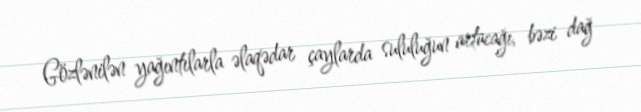
Gözlənilən yağıntılarla əlaqədar çaylarda sululuğun artacağı, bəzi dağ